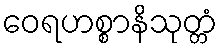
ဝေရဟစ္စာနိသုတ္တံ